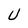
Character: U